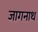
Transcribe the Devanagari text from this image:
जागनाथ